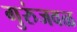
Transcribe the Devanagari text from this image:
गुरुंजवळ